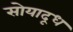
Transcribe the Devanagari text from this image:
सोयादूध